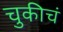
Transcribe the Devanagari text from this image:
चुकीचं